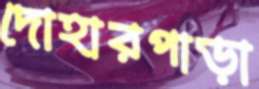
দোহারপাড়া